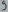
Text: 9